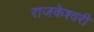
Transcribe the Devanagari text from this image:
राजकेश्‍वरी